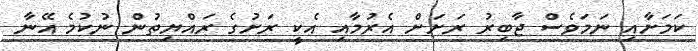
ކަމަށާއި ނަމަވެސް ޖާބިރު ރަށަށް އެރުމާއި އެކީ ރަށުގެ ރައްޔިތުން ނުކުމެ އޭނާ